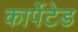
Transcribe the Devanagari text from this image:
कार्पेटेड